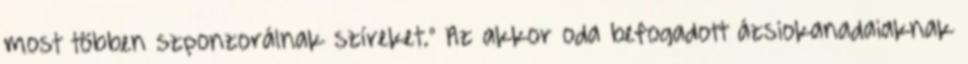
most többen szponzorálnak szíreket." Az akkor oda befogadott ázsiokanadaiaknak